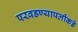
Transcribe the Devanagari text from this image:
परवडण्यापलीकडे